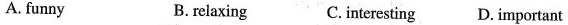
A. funny B. relaxing C. interesting D. important